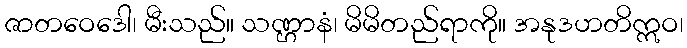
ဇာတဝေဒေါ၊ မီးသည်။ သဏ္ဌာနံ၊ မိမိတည်ရာကို။ အနုဒဟတိဣဝ၊